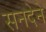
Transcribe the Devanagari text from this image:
सनदेने